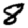
Digit: 8